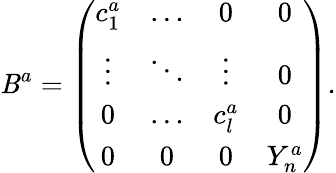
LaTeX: \mathit{B}^{a}=\left(\begin{array}{cccc}{{c_{1}^{a}}}&{{\ldots}}&{{0}}&{{0}}\\ {{\vdots}}&{{\ddots}}&{{\vdots}}&{{0}}\\ {{0}}&{{\ldots}}&{{c_{l}^{a}}}&{{0}}\\ {{0}}&{{0}}&{{0}}&{{Y_{n}^{a}}}\end{array}\right).